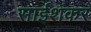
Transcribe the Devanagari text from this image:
साईशंकर